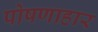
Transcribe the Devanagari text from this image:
पोषणाहार